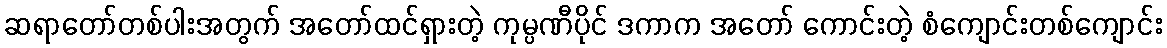
ဆရာတော်တစ်ပါးအတွက် အတော်ထင်ရှားတဲ့ ကုမ္ပဏီပိုင် ဒကာက အတော် ကောင်းတဲ့ စံကျောင်းတစ်ကျောင်း